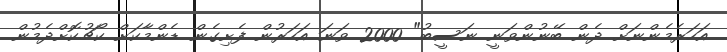
އަހަރެމެންނަށް ދެން ބޭނުންވަނީ ނަސީބު" 2000 ވަނަ އަހަރުން ފެށިގެން ޑެންމާކަށް ކޯޗުކޮށްދެމުން